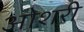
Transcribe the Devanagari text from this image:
ओशरी